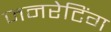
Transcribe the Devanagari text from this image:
जनरेटिंग